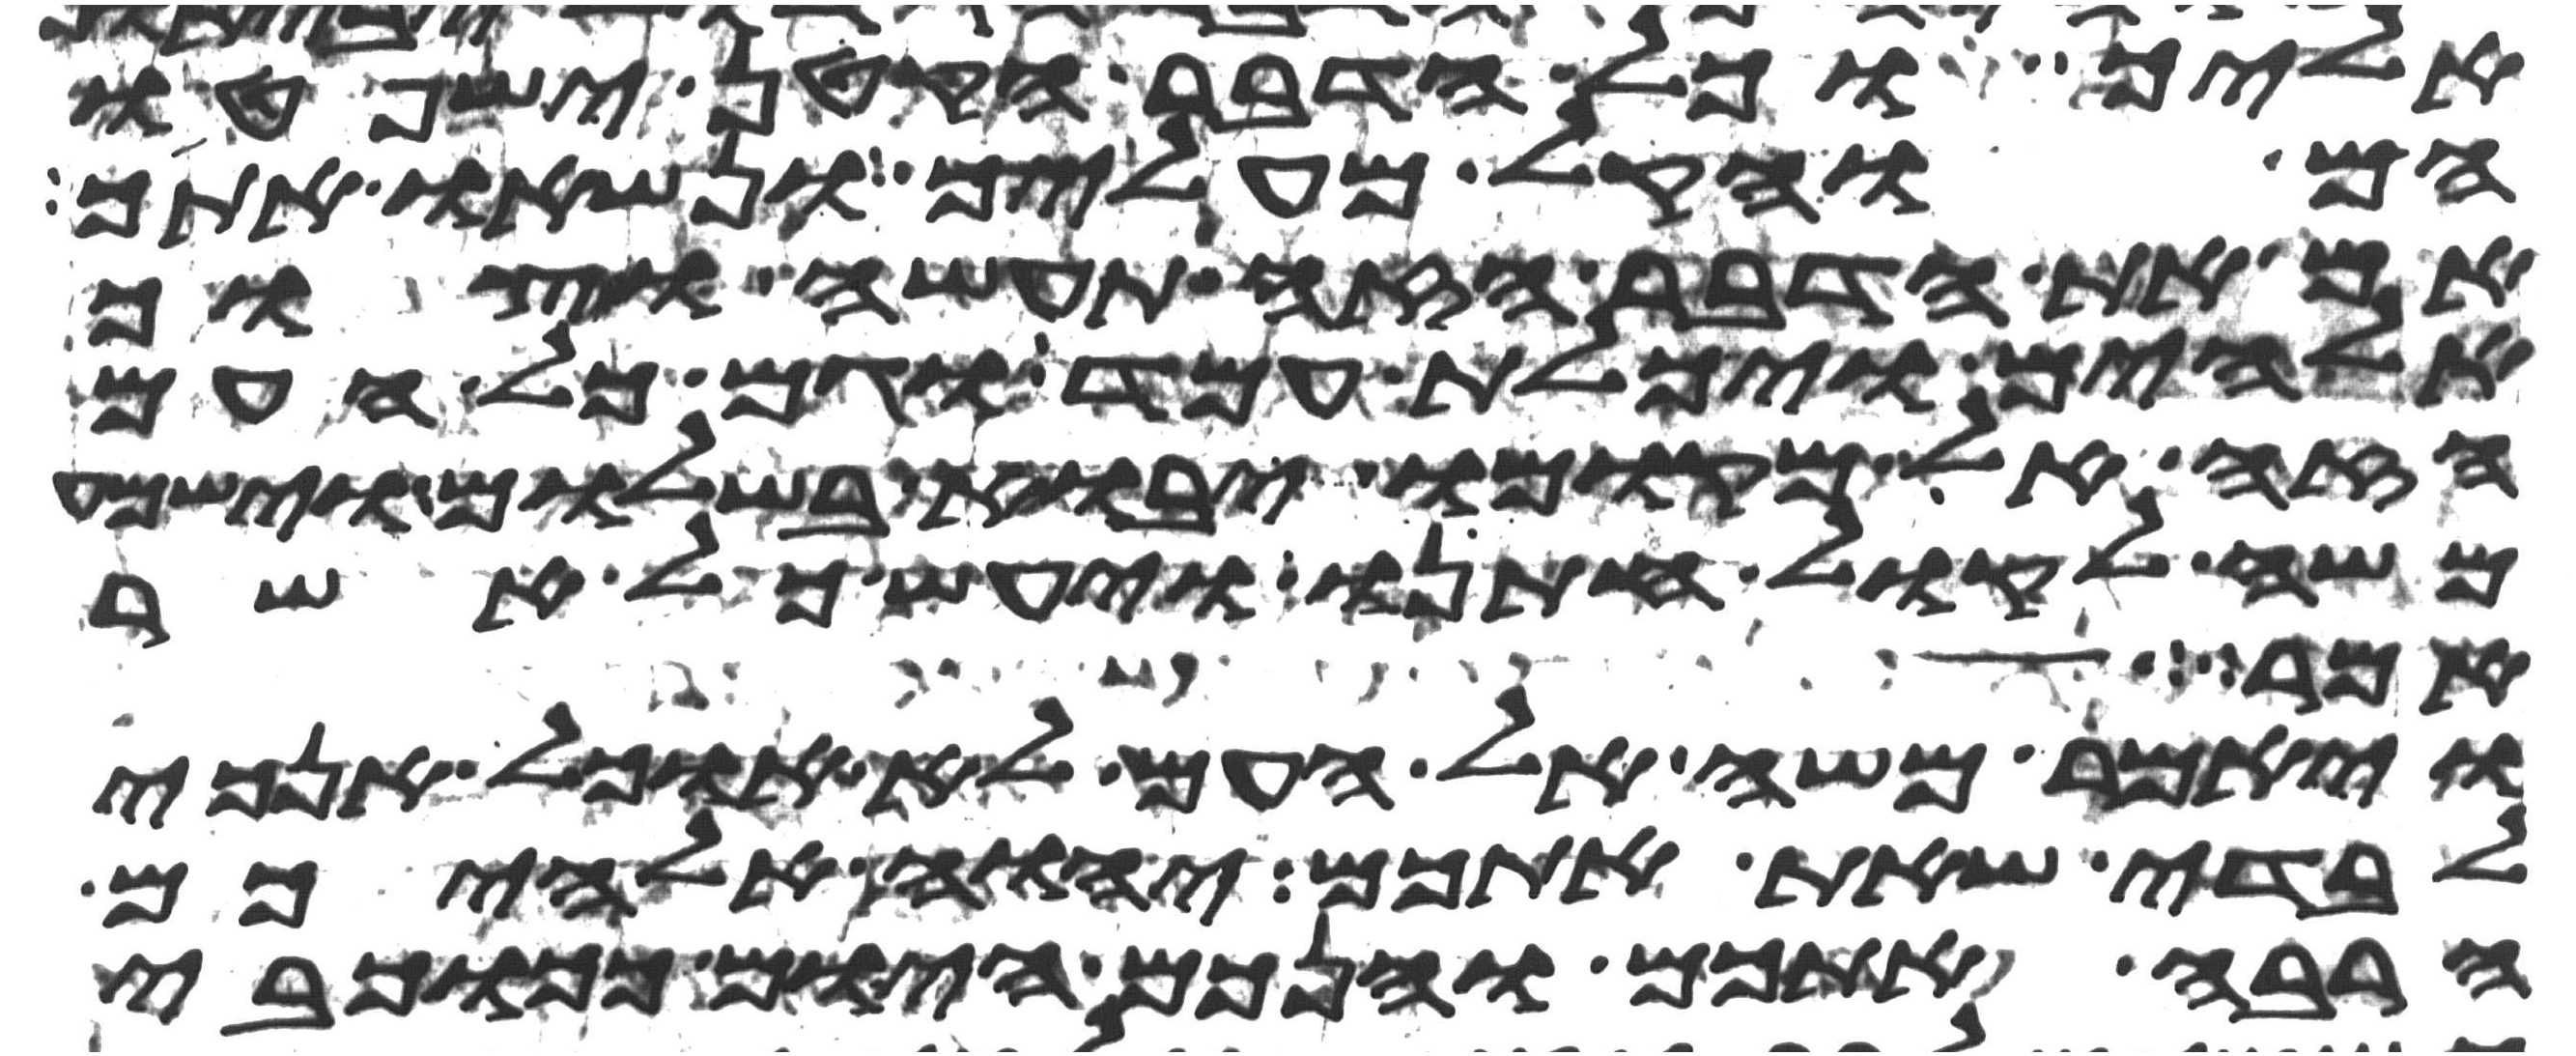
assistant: אליך וכל הדבר הקטן ישפטו
הם והקל מעליך ונשאו אתך
אם את הדבר הזה תעשה וצוך
אלהים ויכלת עמד וגם כל העם
הזה אל מקומו יבוא בשלום וישמע
משה לקול חתנו ויעש כל אשר
אמר
ויאמר משה אל העם לא אוכל אנכי
לבדי שאת אתכם יהוה אלהיכם
הרבה אתכם והנכם היום ככוכבי